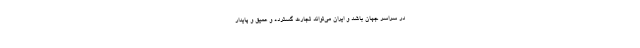
در سراسر جهان باشد و ایران می‌تواند تجارت گسترده‌ و عمیق و پایدار